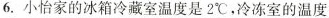
6.小怡家的冰箱冷藏室温度是2℃，冷冻室的温度